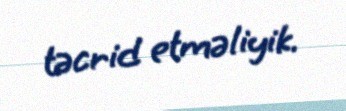
təcrid etməliyik.